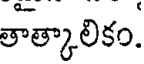
తాత్కాలికం.